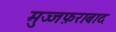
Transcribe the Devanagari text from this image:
मुज्जफ़राबाद